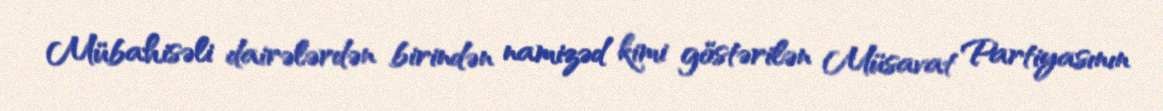
Mübahisəli dairələrdən birindən namizəd kimi göstərilən Müsavat Partiyasının